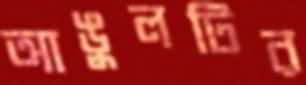
আঙুলটির